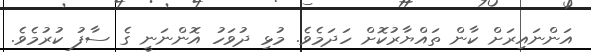
އަންނައިރަށް ކާން ތައްޔާރުކޮށް ހަދަމެވެ. މުޅި ދުވަހު އޮންނަނީ ގެ ސާފު ކުރުމެވެ.